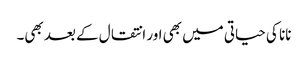
نانا کی حیاتی میں بھی اور انتقال کے بعد بھی۔